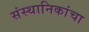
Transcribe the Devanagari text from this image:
संस्थानिकांचा